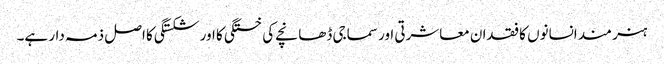
ہنر مند انسانوں کا فقدان معاشرتی اور سماجی ڈھانچے کی خستگی کا اور شکستگی کا اصل ذمہ دار ہے۔